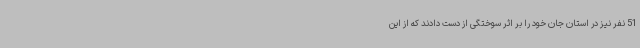
51 نفر نیز در استان جان خود را بر اثر سوختگی از دست دادند که از این